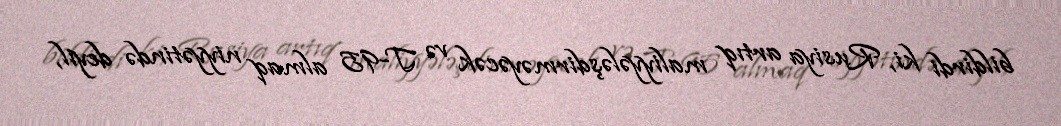
bildirdi ki, Rusiya artıq maliyyələşdirməyəcək və T-95 almaq niyyətində deyil,